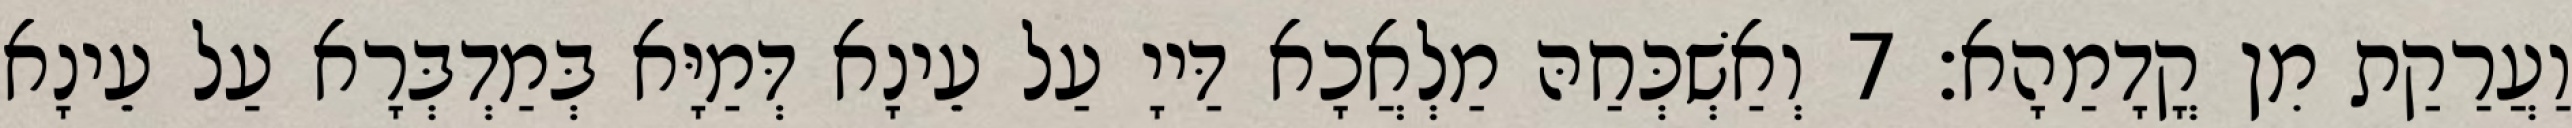
וַעֲרַקַת מִן קֳדָמַהָא׃ 7 וְאַשְׁכְּחַהּ מַלְאֲכָא דַּייָ עַל עֵינָא דְּמַיָּא בְּמַדְבְּרָא עַל עֵינָא